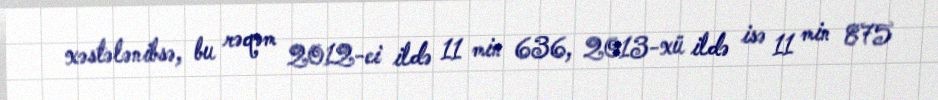
xəstələnibsə, bu rəqəm 2012-ci ildə 11 min 636, 2013-xü ildə isə 11 min 875